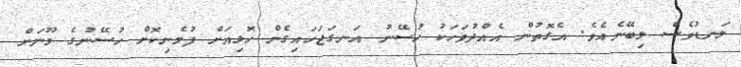
ލަނޑުވެސް ލިބޭނެއެވެ. އެގޮތުން އެއްދުވަހަކު ހުސޭނު އަނގަޖަހައިގެން ހޮޅިއަށް ފުމެނިކޮށް ހުސޭނުގެ މޫނަށް